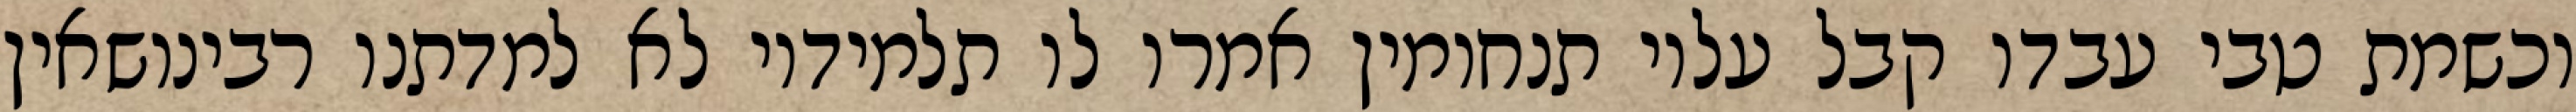
וכשמת טבי עבדו קבל עליו תנחומין אמרו לו תלמידיו לא למדתנו רבינושאין